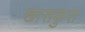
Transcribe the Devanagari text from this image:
खासकुरा